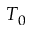
T _ { 0 }